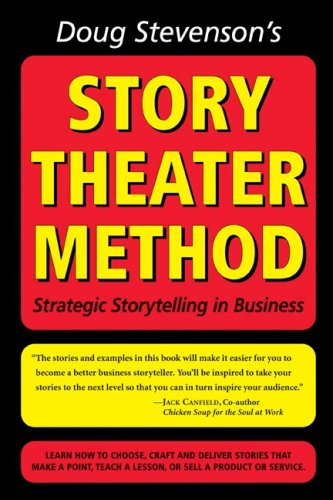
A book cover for Doug Stevenson's Story Theater Method (previously titled: Never Be Boring Again); Doug Stevenson; Business & Money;